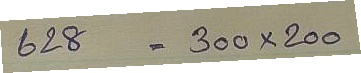
628 = 300 x 200